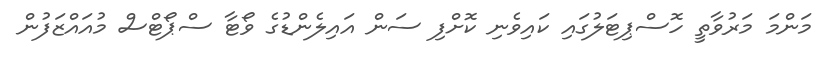
މަންމަ މަރުވާތީ ހޮސްޕިޓަލުގައި ކައިވެނި ކޮށްފި ސަން އައިލެންޑުގެ ވޯޓާ ސްޕޯޓްސް މުއައްޒަފުން